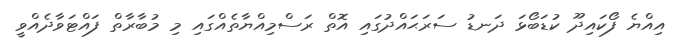
އިއްޔެ ފޯކައިދޫ ކުޑަބޯޅަ ދަނޑު ސަރަޙައްދުގައި އޮތް ރަސްމިއްޔާތެއްގައި މި މުބާރާތް ފައްޓަވާދެއްވީ